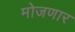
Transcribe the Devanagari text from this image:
मोजणार